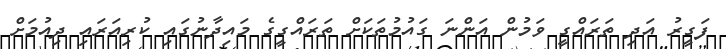
ފަގީރު އަދި ތަރައްގީ ވަމުން އަންނަ ގައުމުތަކަށް ތަރައްގީގެ މައިދާނުގައި ކުރިއަރައި ދިއުމަށް